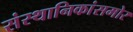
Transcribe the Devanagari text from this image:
संस्थानिकांसमोर